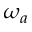
\omega _ { a }